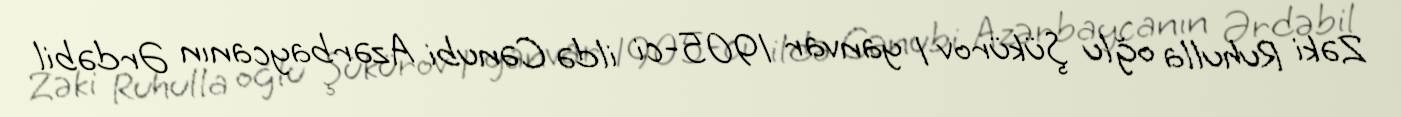
Zəki Ruhulla oğlu Şükürov 1 yanvar 1905-ci ildə Cənubi Azərbaycanın Ərdəbil